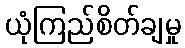
ယုံကြည်စိတ်ချမှု